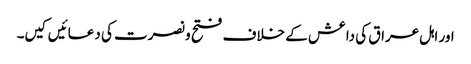
اور اہل عراق کی داعش کے خلاف فتح و نصرت کی دعائیں کیں۔